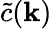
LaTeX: \tilde{c}(\mathbf{k})